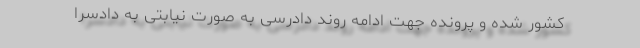
کشور شده و پرونده جهت ادامه روند دادرسی به صورت نیابتی به دادسرا